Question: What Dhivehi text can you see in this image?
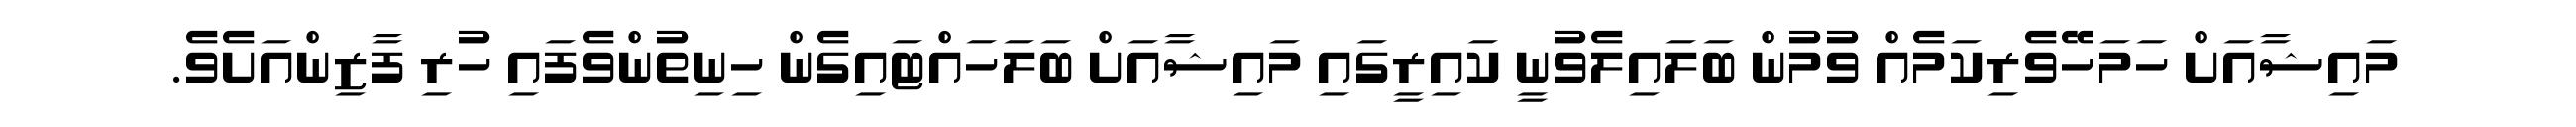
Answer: މައިޝާއަށް ހަމަހޭވެރިކަމެއް ވުމުން ބަލައިލެވުނީ ކައިރީގައި މައިޝާއަށް ބަލަހައްޓައިގެން ހިނިތުންވެފައި ހުރި ފާޒިންއަށެވެ.